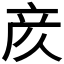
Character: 𫝸